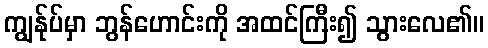
ကျွန်ုပ်မှာ ဘွန်ဟောင်းကို အထင်ကြီး၍ သွားလေ၏။